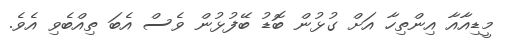
މީޑިއާއާ އިންތިހާ އަށް ގުޅުން ބޮޑު ބޭފުޅުން ވެސް އެބަ ތިއްބެވި އެވެ.